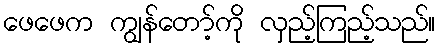
ဖေဖေက ကျွန်တော့်ကို လှည့်ကြည့်သည်။